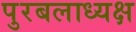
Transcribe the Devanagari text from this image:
पुरबलाध्यक्ष